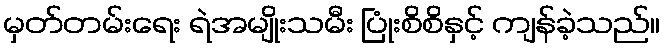
မှတ်တမ်းရေး ရဲအမျိုးသမီး ပြုံးစိစိနှင့် ကျန်ခဲ့သည်။